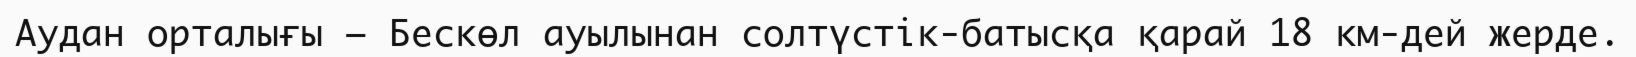
Аудан орталығы — Бескөл ауылынан солтүстік-батысқа қарай 18 км-дей жерде.